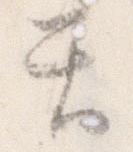
天